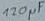
Text: 120µF